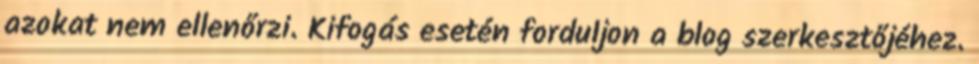
azokat nem ellenőrzi. Kifogás esetén forduljon a blog szerkesztőjéhez.